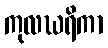
ကုလဃရိကာ